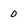
Character: 0